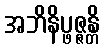
အဘိနိပ္ဖဇ္ဇန္တိ